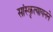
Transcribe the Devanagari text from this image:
सांस्कृत्यायनने